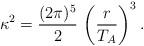
LaTeX: \begin{align*}\kappa^2 = \frac{ (2\pi)^5 }{ 2 } \, \left( \frac{r }{ T_A} \right)^3.\end{align*}